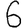
Digit: 6